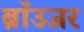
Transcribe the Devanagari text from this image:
ब्रॉउजर